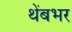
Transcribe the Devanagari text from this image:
थेंबभर